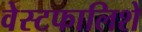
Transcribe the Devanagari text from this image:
वेस्टफालिशे